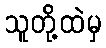
သူတို့ထဲမှ